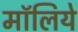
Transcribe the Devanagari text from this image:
मॉलिये